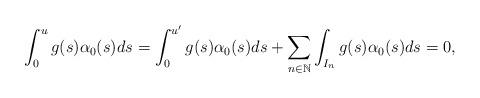
LaTeX: \begin{align*}\int_0^ug(s)\alpha_0(s)ds&=\int_0^{u'}g(s)\alpha_0(s)ds+\sum_{n\in \mathbb{N}}\int_{I_n}g(s)\alpha_0(s)ds=0,\end{align*}